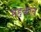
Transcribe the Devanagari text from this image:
महकाते